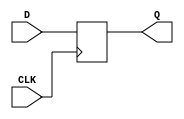
`timescale 1ns / 1ps
//////////////////////////////////////////////////////////////////////////////////
// Company: 
// Engineer: 
// 
// Design Name: 
// Module Name: dff
// Project Name: 
// Target Devices: 
// Tool Versions: 
// Description: 
// 
// Dependencies: 
// 
// Revision:
// Revision 0.01 - File Created
// Additional Comments:
// 
//////////////////////////////////////////////////////////////////////////////////


module dff(
    input CLK,
    input D,
    output reg Q
    );
    
    always @ (posedge CLK) begin
    Q <= D;
    end
    
endmodule